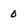
Character: 0